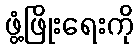
ဖွံ့ဖြိုးရေးကို